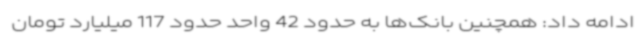
ادامه داد: همچنین بانک‌ها به حدود 42 واحد حدود 117 میلیارد تومان